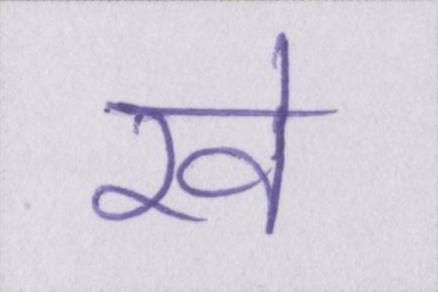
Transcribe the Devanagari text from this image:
रवे